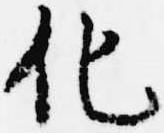
化